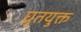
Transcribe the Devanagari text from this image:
घृतयुक्त